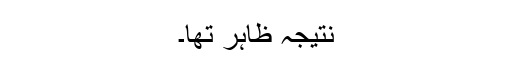
نتیجہ ظاہر تھا۔